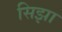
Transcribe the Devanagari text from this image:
सिझा